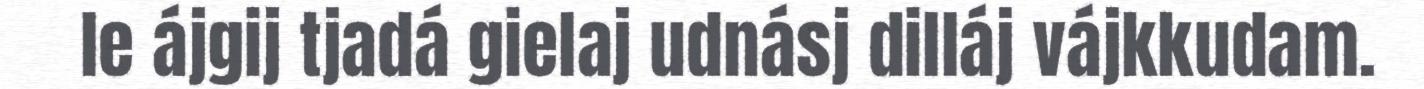
le ájgij tjadá gielaj udnásj dilláj vájkkudam.